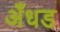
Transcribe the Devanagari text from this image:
अँधड